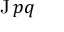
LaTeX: \operatorname { J } p q